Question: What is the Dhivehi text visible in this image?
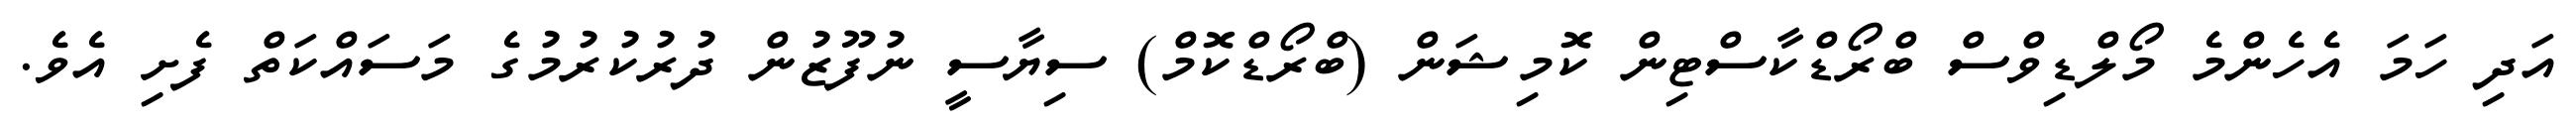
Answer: އަދި ހަމަ އެހެންމެ މޯލްޑިވްސް ބްރޯޑްކާސްޓިން ކޮމިޝަން (ބްރޯޑްކޮމް) ސިޔާސީ ނުފޫޒުން ދުރުކުރުމުގެ މަސައްކަތް ފެށި އެވެ.